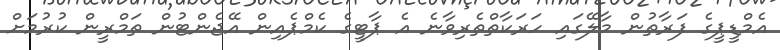
އެމްޑީޕީގެ ފަރާތުން މާލޭގައި ހަރަކާތްތެރިވާނެ އެ ޕާޓީގެ ކެމްޕެއިން އޭޖެންޓުން ތަމްރީން ކުރުމަށް